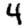
Digit: 4